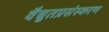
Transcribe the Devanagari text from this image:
वैद्युतप्रसंस्करण